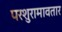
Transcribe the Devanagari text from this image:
परशुरामावतार